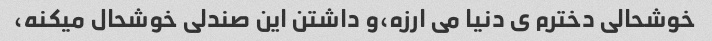
خوشحالی دخترم ی دنیا می ارزه،و داشتن این صندلی خوشحال میکنه،